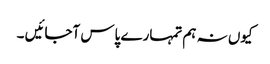
کیوں نہ ہم تمہارے پاس آجائیں ۔